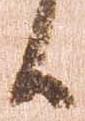
候